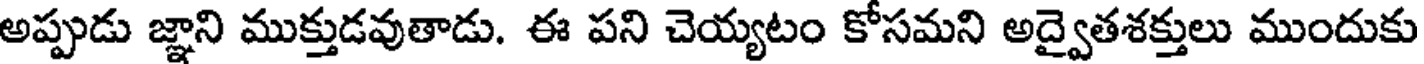
అప్పుడు జ్ఞాని ముక్తుడవుతాడు. ఈ పని చెయ్యటం కోసమని అద్వైతశక్తులు ముందుకు